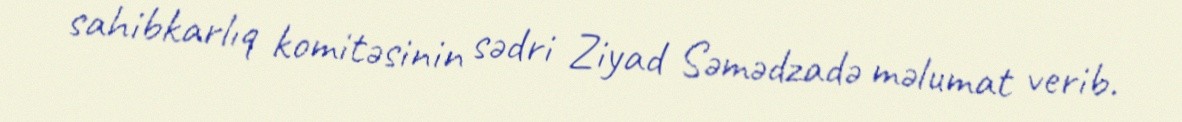
sahibkarlıq komitəsinin sədri Ziyad Səmədzadə məlumat verib.